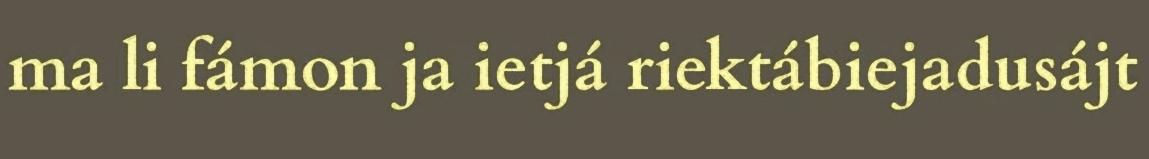
ma li fámon ja ietjá riektábiejadusájt